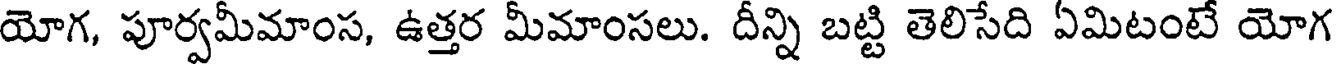
యోగ, పూర్వమీమాంస, ఉత్తర మీమాంసలు. దీన్ని బట్టి తెలిసేది ఏమిటంటే యోగ